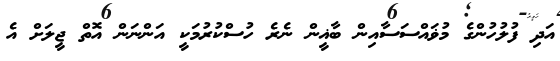
އަދި ފުލުހުންގެ މުޥައްސަސާއިން ބާޣީން ނެރެ ހުސްކުރުމަކީ އަންނަން އޮތް ޖީލަށް އެ